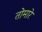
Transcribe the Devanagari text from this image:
तोमारे